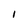
Character: l